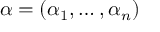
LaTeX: \alpha = ( \alpha _ { 1 } , \dots , \alpha _ { n } )